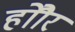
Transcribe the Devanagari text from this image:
होौर